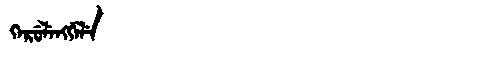
Manchu: ᡴᡝᡵᡠᠯᡝᠩᡤᡝᠯᡝ
Romanization: KERULENGGELE